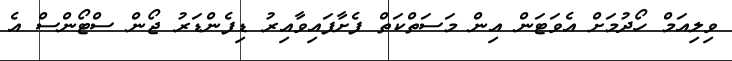
ވިލިއަމް ހޯދުމަށް އެވަޓަން އިން މަސަތްކަތް ފެށާފައިވާއިރު ޑިފެންޑަރު ޖޯން ސްޓޯންސް އެ